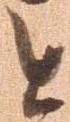
と